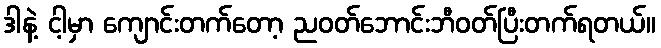
ဒါနဲ့ ငါ့မှာ ကျောင်းတက်တော့ ညဝတ်ဘောင်းဘီဝတ်ပြီးတက်ရတယ်။